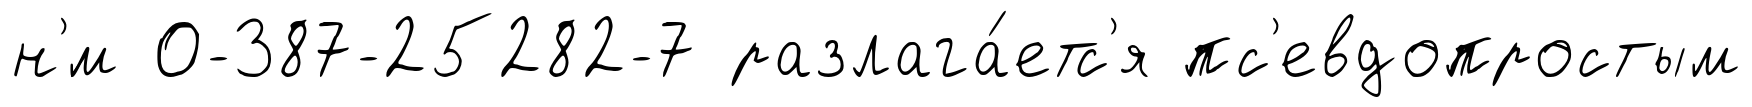
н'́м 0-387-25282-7 разлага́етс'я пс'евдопростым